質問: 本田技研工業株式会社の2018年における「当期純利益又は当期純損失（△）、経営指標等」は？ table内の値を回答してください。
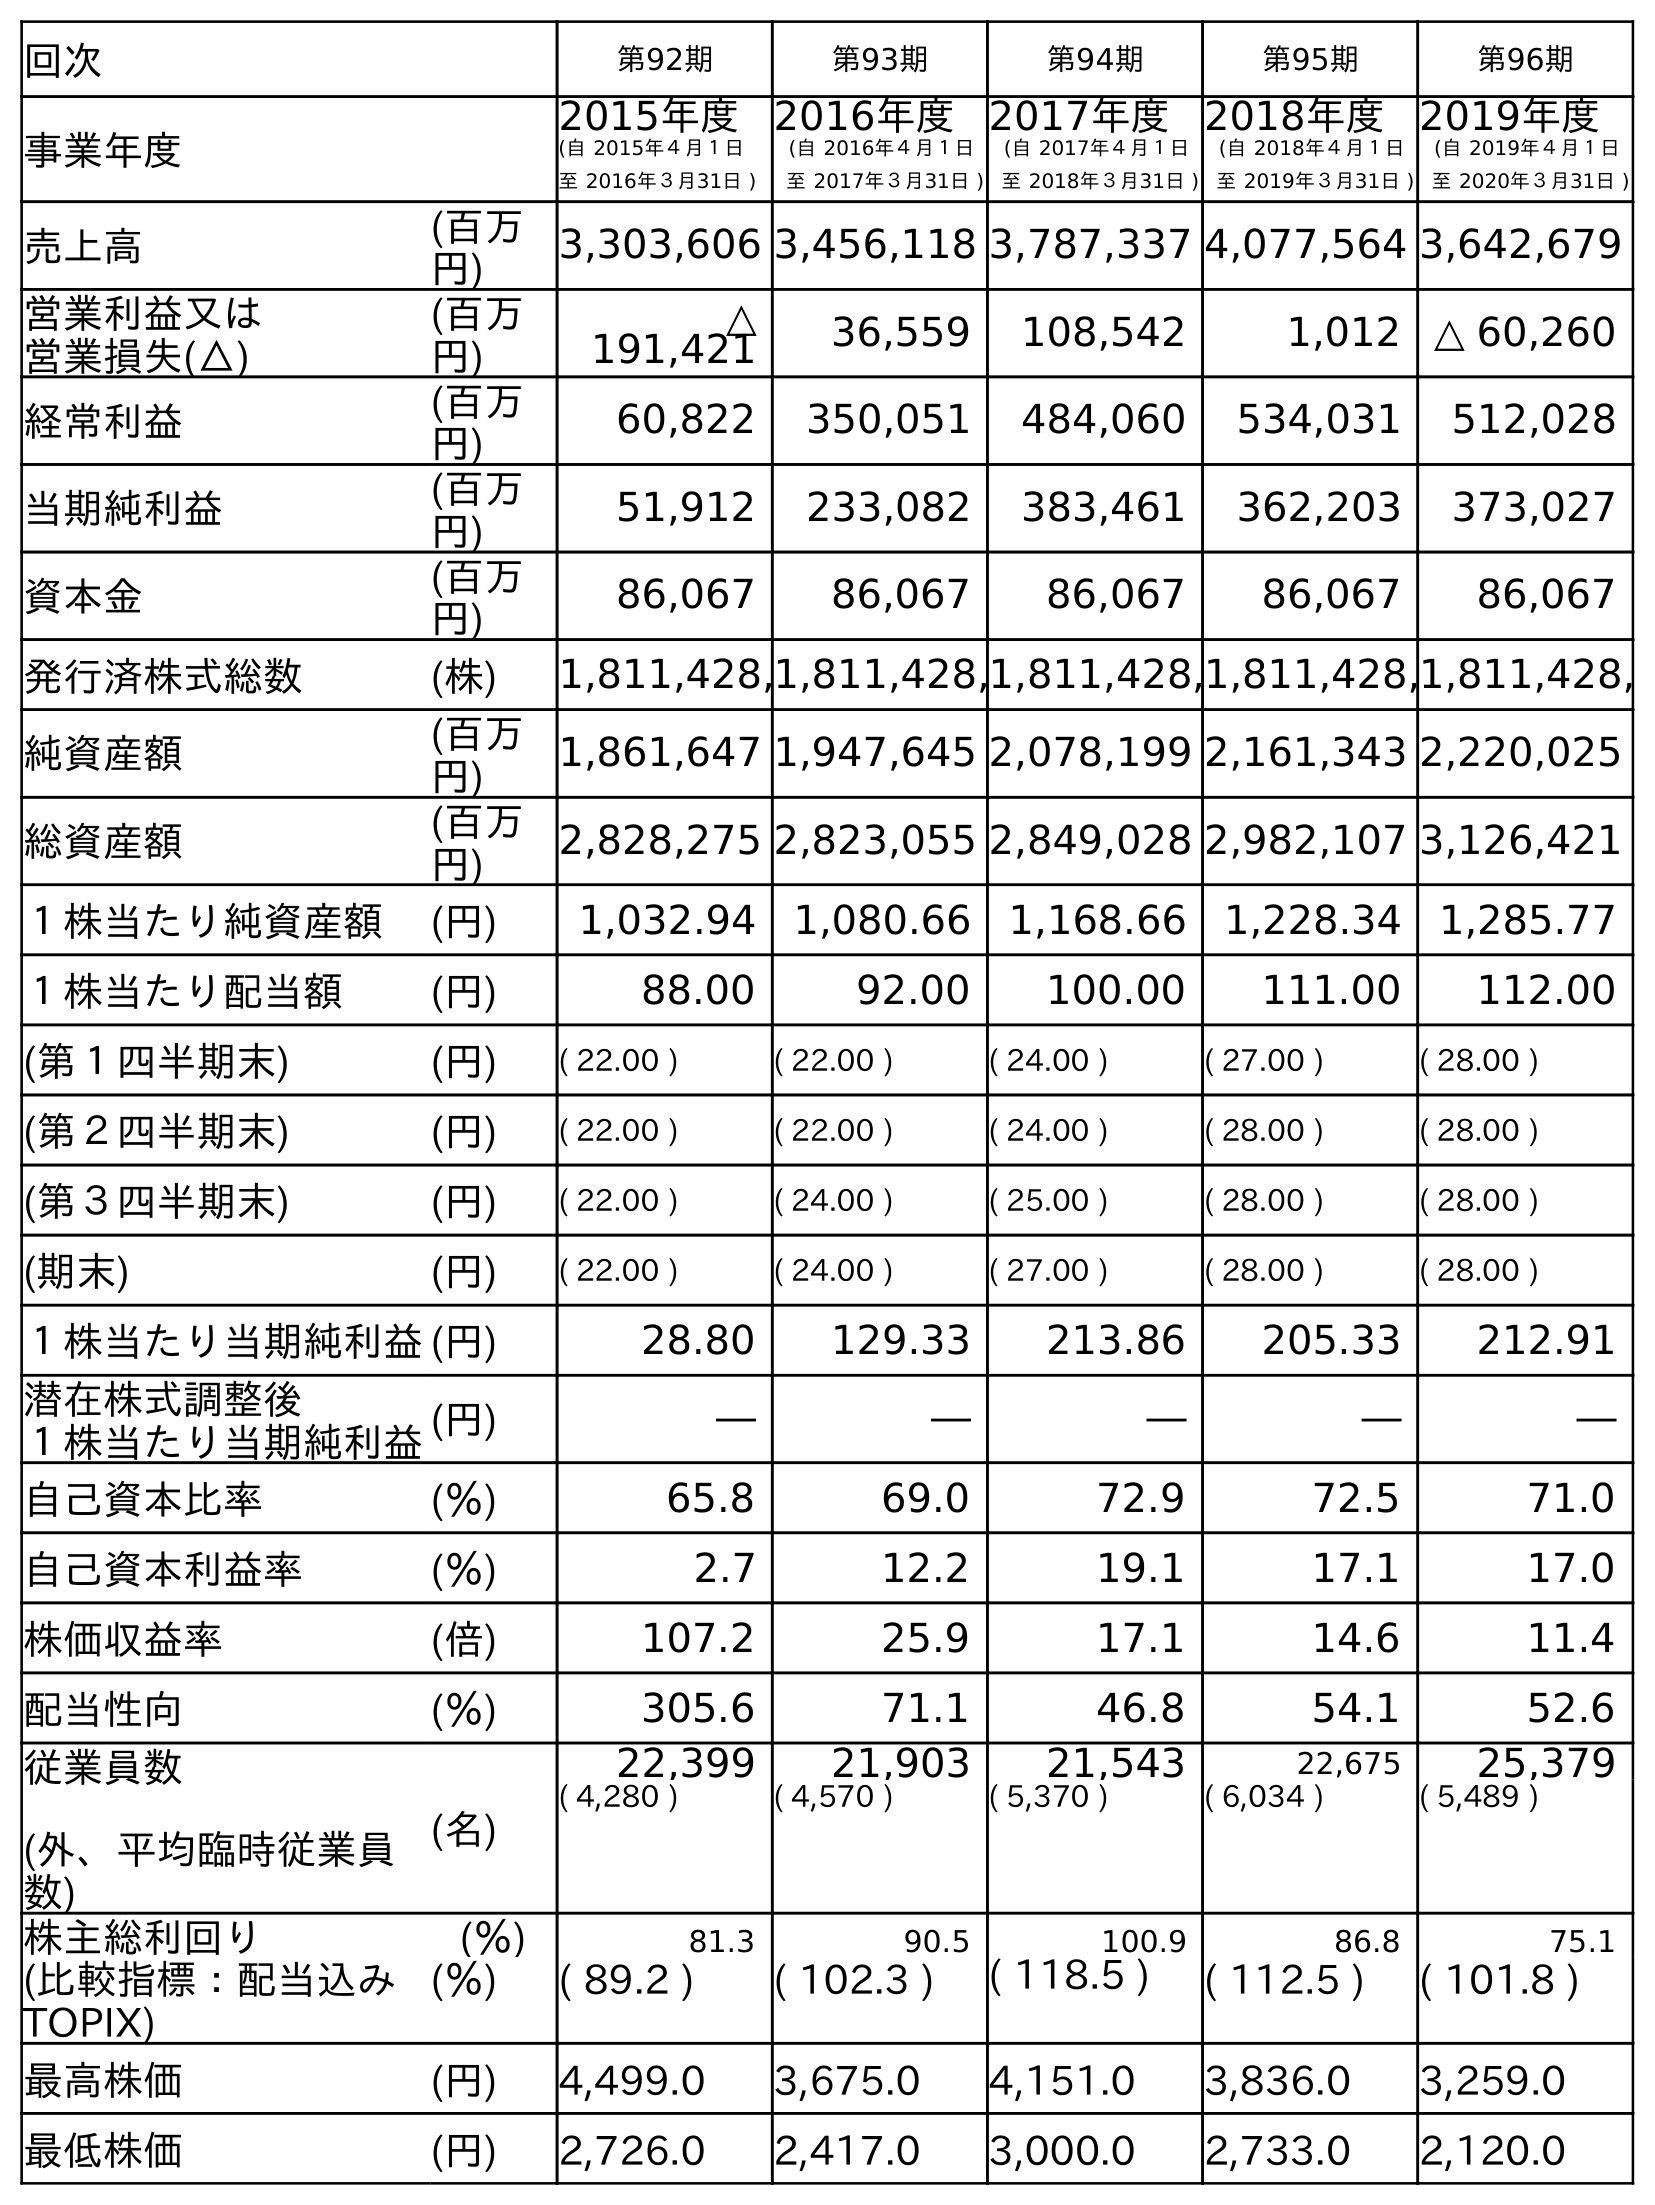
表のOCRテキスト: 回次 第92期 第93期 第94期 第95期 第96期 事業年度 2015年度 (自 2015年４月１日 至 2016年３月31日 ) 2016年度 (自 2016年４月１日 至 2017年３月31日 ) 2017年度 (自 2017年４月１日 至 2018年３月31日 ) 2018年度 (自 2018年４月１日 至 2019年３月31日 ) 2019年度 (自 2019年４月１日 至 2020年３月31日 ) 売上高 (百万 円) 3,303,606 3,456,118 3,787,337 4,077,564 3,642,679 営業利益又は 営業損失(△) (百万 円) △ 191,421 36,559 108,542 1,012 △ 60,260 経常利益 (百万 円) 60,822 350,051 484,060 534,031 512,028 当期純利益 (百万 円) 51,912 233,082 383,461 362,203 373,027 資本金 (百万 円) 86,067 86,067 86,067 86,067 86,067 発行済株式総数 (株) 1,811,428,1,811,428,1,811,428,1,811,428,1,811,428, 純資産額 (百万 円) 1,861,647 1,947,645 2,078,199 2,161,343 2,220,025 総資産額 (百万 円) 2,828,275 2,823,055 2,849,028 2,982,107 3,126,421 １株当たり純資産額 (円) 1,032.94 1,080.66 1,168.66 1,228.34 1,285.77 １株当たり配当額 (円) 88.00 92.00 100.00 111.00 112.00 (第１四半期末) (円) ( 22.00 ) ( 22.00 ) ( 24.00 ) ( 27.00 ) ( 28.00 ) (第２四半期末) (円) ( 22.00 ) ( 22.00 ) ( 24.00 ) ( 28.00 ) ( 28.00 ) (第３四半期末) (円) ( 22.00 ) ( 24.00 ) ( 25.00 ) ( 28.00 ) ( 28.00 ) (期末) (円) ( 22.00 ) ( 24.00 ) ( 27.00 ) ( 28.00 ) ( 28.00 ) １株当たり当期純利益(円) 28.80 129.33 213.86 205.33 212.91 潜在株式調整後 １株当たり当期純利益(円) ― ― ― ― ― 自己資本比率 (％) 65.8 69.0 72.9 72.5 71.0 自己資本利益率 (％) 2.7 12.2 19.1 17.1 17.0 株価収益率 (倍) 107.2 25.9 17.1 14.6 11.4 配当性向 (％) 305.6 71.1 46.8 54.1 52.6 従業員数 (外、平均臨時従業員 数) (名) 22,399 21,903 21,543 22,675 25,379 ( 4,280 ) ( 4,570 ) ( 5,370 ) ( 6,034 ) ( 5,489 ) 株主総利回り (％) 81.3 90.5 100.9 86.8 75.1 (比較指標：配当込み TOPIX) (％) ( 89.2 ) ( 102.3 ) ( 118.5 ) ( 112.5 ) ( 101.8 ) 最高株価 (円) 4,499.0 3,675.0 4,151.0 3,836.0 3,259.0 最低株価 (円) 2,726.0 2,417.0 3,000.0 2,733.0 2,120.0
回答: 383,461